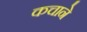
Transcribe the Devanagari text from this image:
कचाने